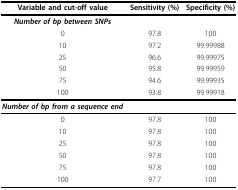
| Variable and cut-off value | Sensitivity (%) | Specificity (%) |
 | --- | --- | --- |
 | Number of bp between SNPs |  |  |
 | 0 | 97.8 | 100 |
 | 10 | 97.2 | 99.99988 |
 | 25 | 96.6 | 99.99975 |
 | 50 | 95.8 | 99.99959 |
 | 75 | 94.6 | 99.99935 |
 | 100 | 93.8 | 99.99918 |
 | Number of bp from a sequence end |  |  |
 | 0 | 97.8 | 100 |
 | 10 | 97.8 | 100 |
 | 25 | 97.8 | 100 |
 | 50 | 97.8 | 100 |
 | 75 | 97.8 | 100 |
 | 100 | 97.7 | 100 |